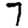
Digit: 7